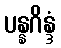
ပန္နဂိန္ဒံ